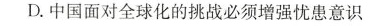
D.中国面对全球化的挑战必须增强忧患意识